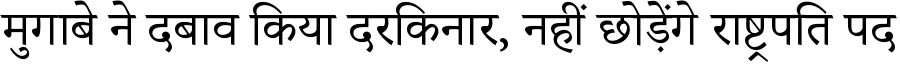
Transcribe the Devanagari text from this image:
मुगाबे ने दबाव किया दरकिनार, नहीं छोड़ेंगे राष्ट्रपति पद